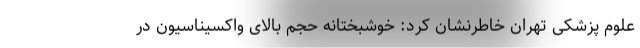
علوم پزشکی تهران خاطرنشان کرد: خوشبختانه حجم بالای واکسیناسیون در